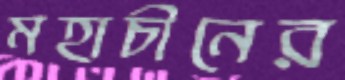
মহাচীনের